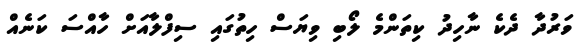
ވަރުދާ ދެކެ ނާހިދު ކިތަންމެ ލޯބި ވިޔަސް ހިތުގައި ސިފްލާއަށް ހާއްސަ ކަނެއް